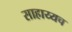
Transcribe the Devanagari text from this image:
साहाय्यच